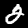
Digit: 2